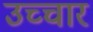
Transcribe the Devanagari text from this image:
उच्‍चार